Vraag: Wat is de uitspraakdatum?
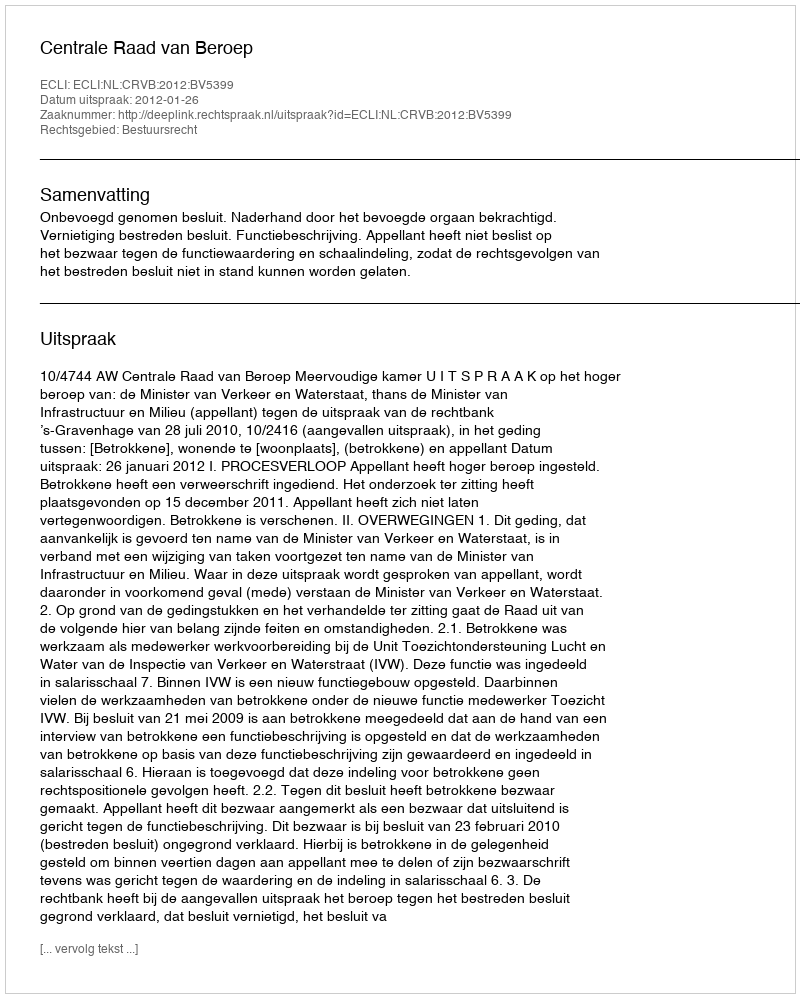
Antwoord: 2012-01-26